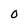
Character: 0